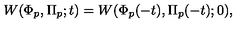
W ( \Phi _ { p } , \Pi _ { p } ; t ) = W ( \Phi _ { p } ( - t ) , \Pi _ { p } ( - t ) ; 0 ) ,